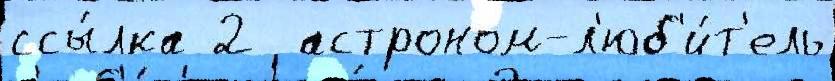
ссы́лка 2  астроном-л'юб'и́т'ель